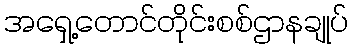
အရှေ့တောင်တိုင်းစစ်ဌာနချုပ်